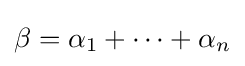
\beta =\alpha _{1}+\cdots +\alpha _{n}